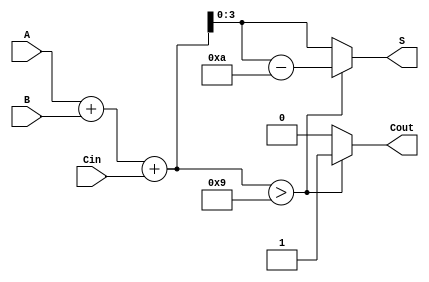
module BCD_Hybrid_Adder (
    input  wire [3:0] A,      // First BCD digit
    input  wire [3:0] B,      // Second BCD digit
    input  wire       Cin,     // Carry input
    output reg  [3:0] S,       // BCD sum output
    output reg       Cout       // Carry output
);

    wire [4:0] Sum;           // 5-bit sum to hold A + B + Cin
    wire       BCD_Correct;   // Flag to check if BCD correction is needed

    // Calculate the sum of A, B, and Cin
    assign Sum = A + B + Cin;

    // Check if the sum exceeds the valid BCD range (greater than 9)
    assign BCD_Correct = (Sum > 9);

    always @(*) begin
        if (BCD_Correct) begin
            // If correction is needed, add 6 (0110) to the sum
            S = Sum - 10; // Subtract 10 to get back into BCD range
            Cout = 1;     // Set carry out
        end else begin
            S = Sum[3:0]; // Valid BCD result
            Cout = 0;     // No carry out
        end
    end

endmodule